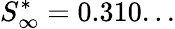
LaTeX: S_{\infty}^{*}=0.310...